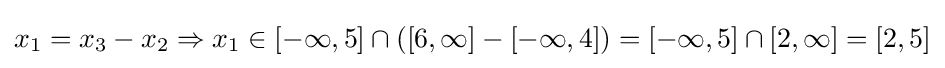
x_{1}=x_{3}-x_{2}\Rightarrow x_{1}\in [-\infty ,5]\cap ([6,\infty ]-[-\infty ,4])=[-\infty ,5]\cap [2,\infty ]=[2,5]